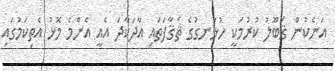
އަނެކުން ޤަބޫލު ކުރުމަކީ ހުޅަނގުގެ ޘަޤާފަތައި އާދަކާދަ އެއީ އެންމެ މޮޅު އެތިކަމުގައި